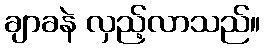
ချာခနဲ လှည့်လာသည်။